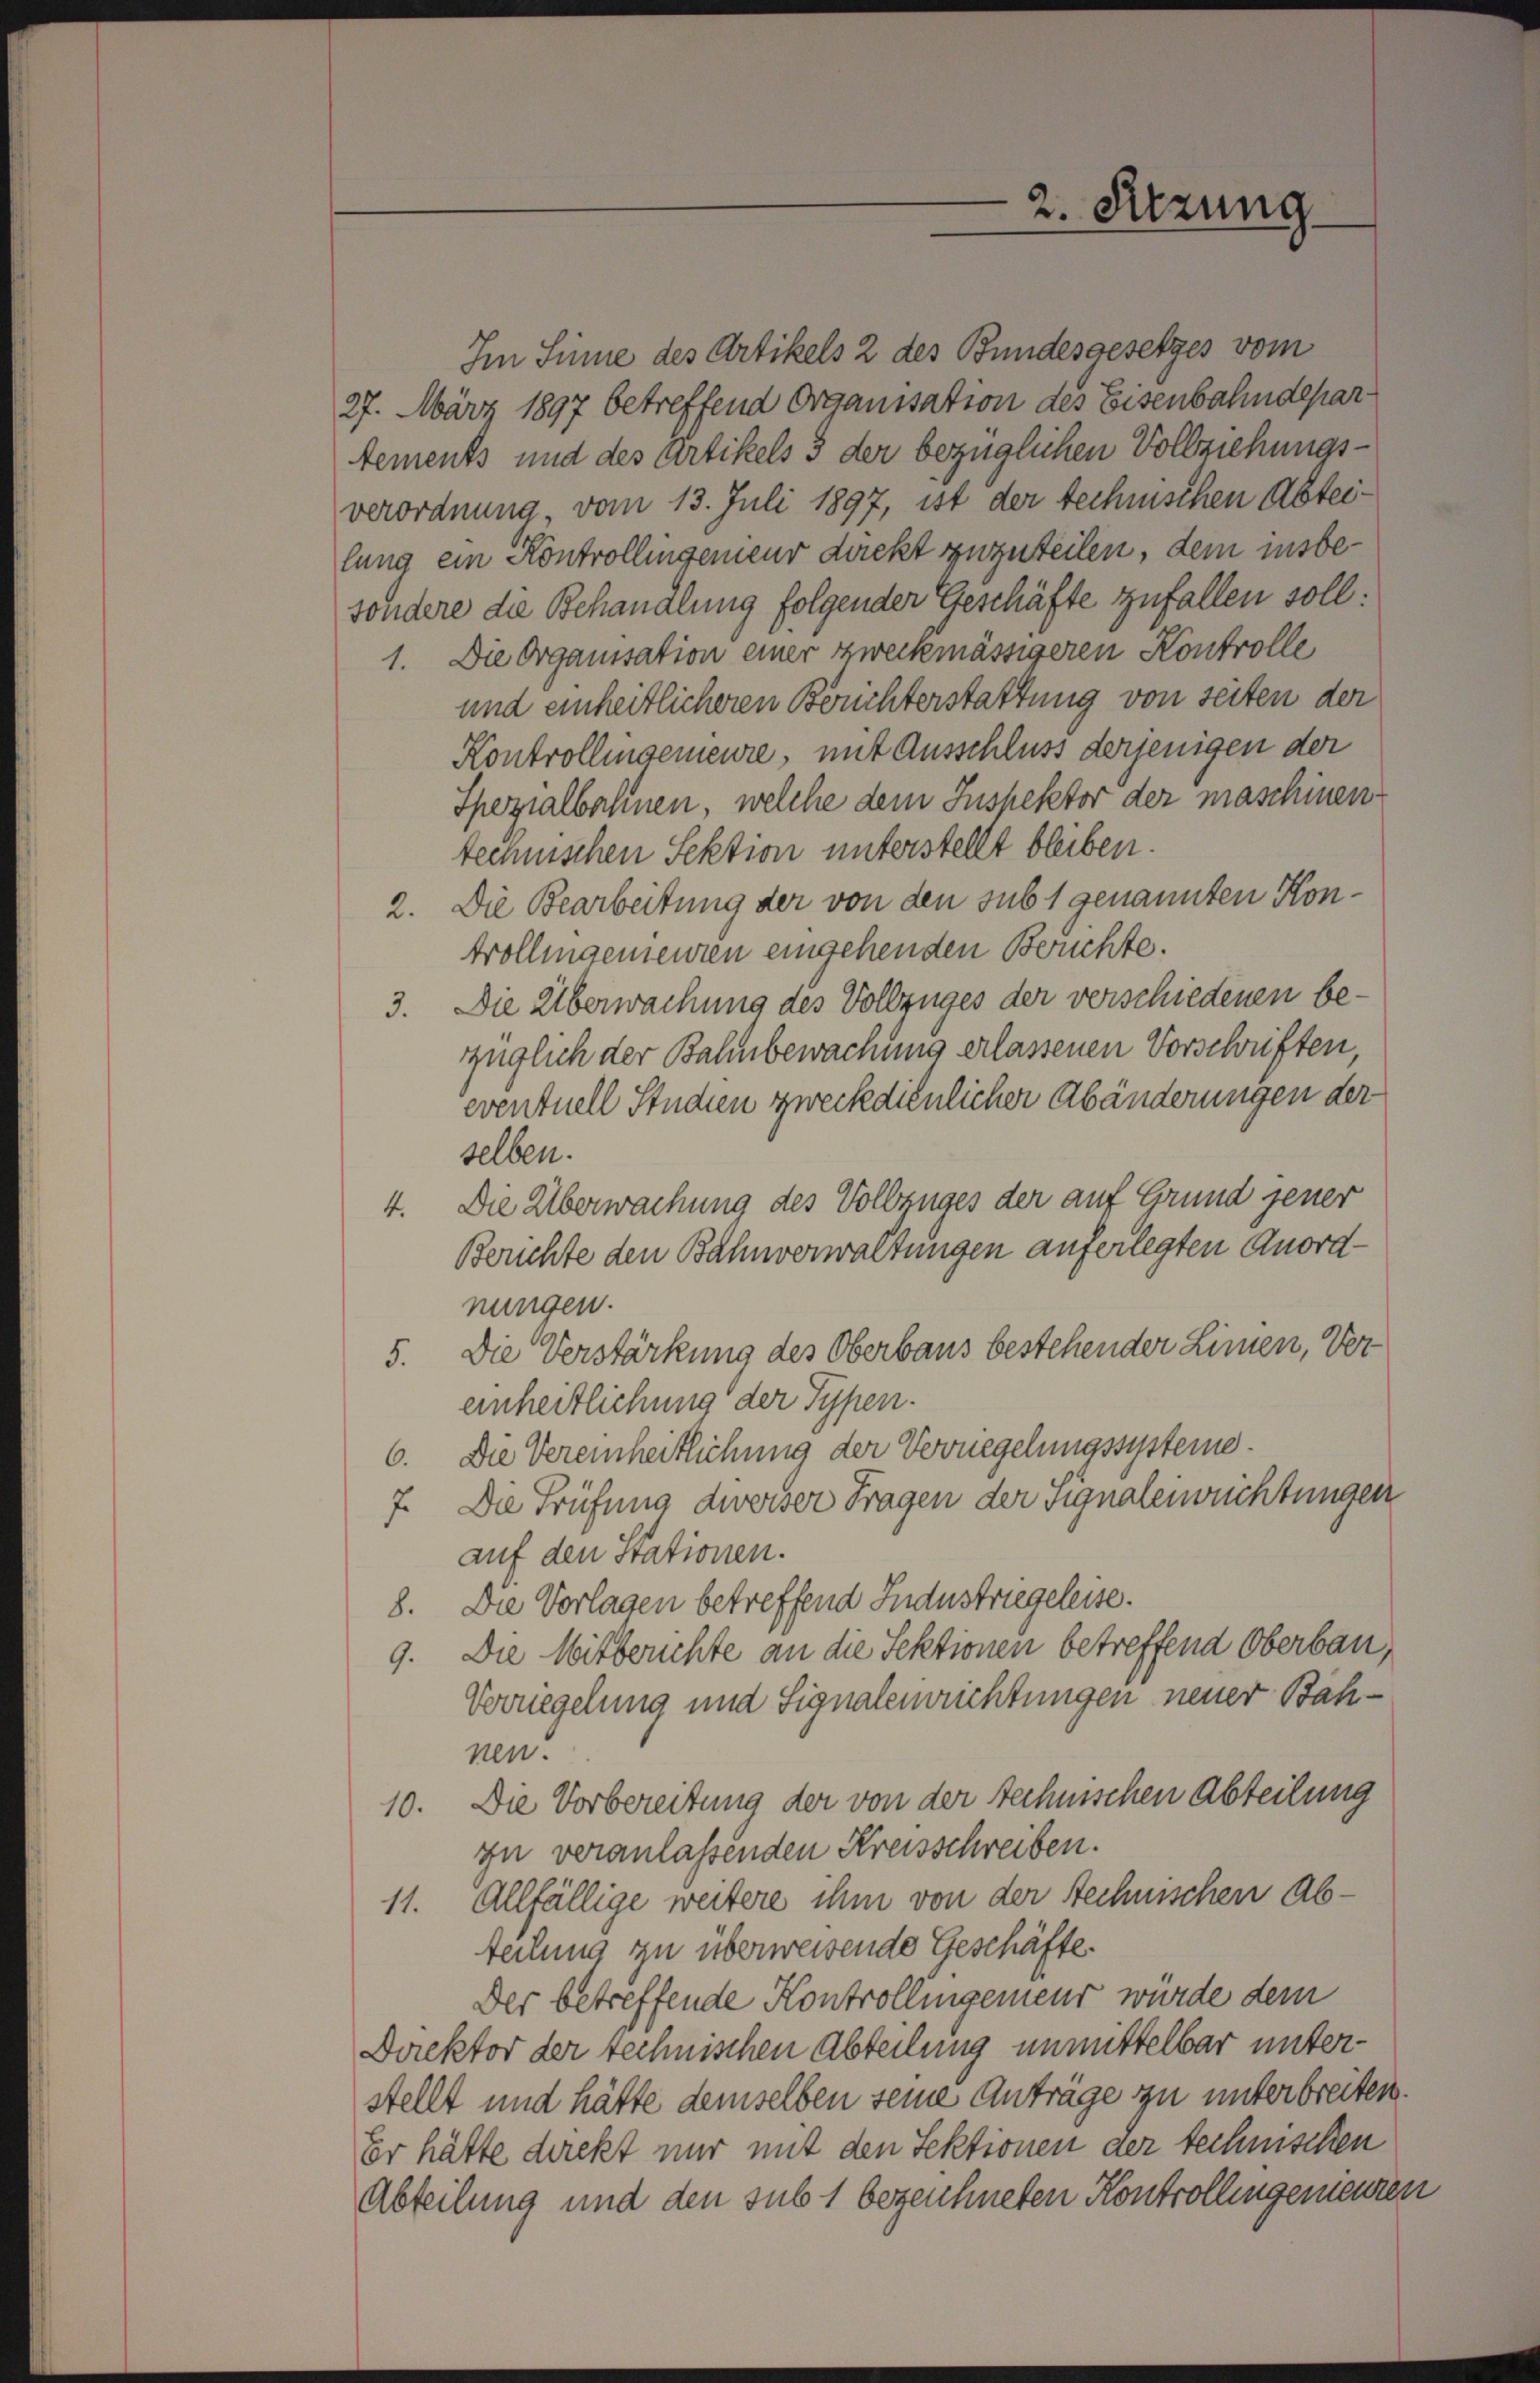
2. Sitzung

Im Sinne des Artikels 2 des Bundesgesetzes vom
27. März 1897 betreffend Organisation des Eisenbahndepartements und des Artikels 3 der bezüglichen Vollziehungsverordnung, vom 13. Juli 1897, ist der technischen Abteilung ein Kontrollingenieur direkt zuzuteilen, dem insbesondere die Behandlung folgender Geschäfte zufallen soll:
1. Die Organisation einer zweckmässigeren Kontrolle
und einheitlicheren Berichterstattung von seiten der
Kontrollingemeure, mit Ausschluss derjenigen der
Spezialbahnen, welche dem Inspektor der maschinen
technischen Sektion unterstellt bleiben.
2. Die Bearbeitung der von den sub 1 genannten Kontrollingementen eingehenden Berichte.
3. Die Überwachung des Vollzuges der verschiedenen bezüglich der Bahnbewachung erlassenen Vorschriften,
eventuell Studien zweckdienlicher Abänderungen der
selben.
4. Die Überwachung des Vollzuges der auf Grund jener
Berichte den Bahnverwaltungen auferlegten Anordnungen.
5. Die Verstärkung des Oberbaus bestehender Linien, Vereinheitlichung der Typen.
6. Die Vereinheitlichung der Verregelungssysteme.
7. Die Prüfung dieser Fragen der Signaleinrichtungen
auf den Stationen.
8. Die Vorlagen betreffend Industriegeleise.
9. Die Mitberichte an die Sektionen betreffend Oberbau,
Verriegelung und Signalemrichtungen neuer Bahnen.
10. Die Vorbereitung der von der technischen Abteilung
zu veranlassenden Kreisschreiben.
11. Allfällige weitere ihm von der technischen Abteilung zu überweisende Geschäfte.
Der betreffende Kontrollingemeur würde dem
Direktor der technischen Abteilung unmittelbar unterstellt und hätte demselben seine Anträge zu unterbreiten.
Er hätte direkt nur mit den Sektionen der technischen
Abteilung und den sub 1 bezeichneten Kontrollingemeuren